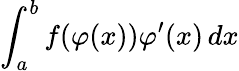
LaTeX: \int_{a}^{b}f(\varphi(x))\varphi^{\prime}(x)\, dx